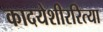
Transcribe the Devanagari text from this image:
कादयेशीररित्या